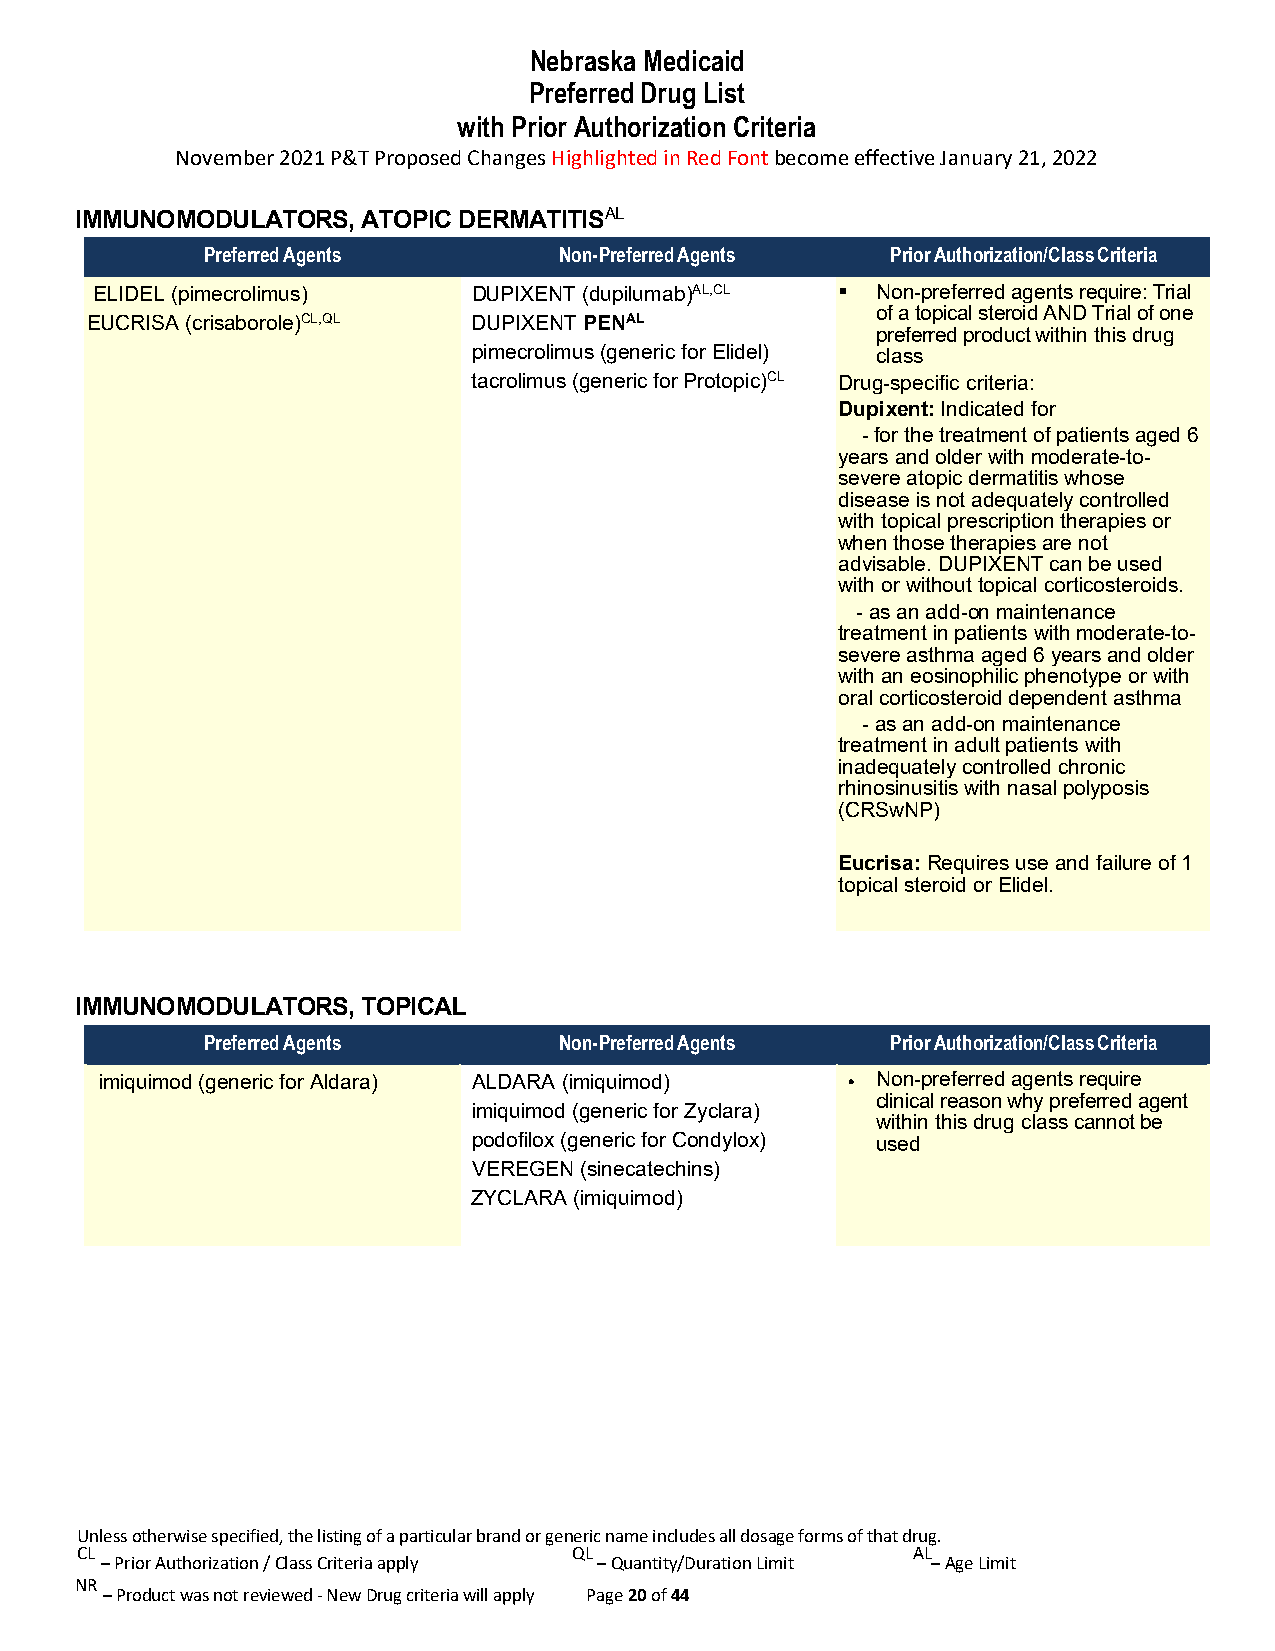
Nebraska Medicaid
 Preferred Drug List
 with Prior Authorization Criteria
 November 2021 P&T Proposed Changes Highlighted in Red Font become effective January 21, 2022
 IMMUNOMODULATORS,  ATOPIC DERMATITISAL
 Preferred Agents        Non-Preferred Agents  Prior Authorization/Class Criteria
 ELIDEL (pimecrolimus)    DUPIXENT (dupilumab)AL,CL  Non-preferred agents require: Trial
 of a topical steroid AND Trial of one
 EUCRISA (crisaborole)CL,QL DUPIXENT PENAL
 preferred product within this drug
 pimecrolimus (generic for Elidel) class
 tacrolimus (generic for Protopic)CL Drug-specific criteria:
 Dupixent: Indicated for
 - for the treatment of patients aged 6
 years and older with moderate-to-
 severe atopic dermatitis whose
 disease is not adequately controlled
 with topical prescription therapies or
 when those therapies are not
 advisable. DUPIXENT can be used
 with or without topical corticosteroids.
 - as an add-on maintenance
 treatment in patients with moderate-to-
 severe asthma aged 6 years and older
 with an eosinophilic phenotype or with
 oral corticosteroid dependent asthma
 - as an add-on maintenance
 treatment in adult patients with
 inadequately controlled chronic
 rhinosinusitis with nasal polyposis
 (CRSwNP)
 Eucrisa: Requires use and failure of 1
 topical steroid or Elidel.
 IMMUNOMODULATORS,  TOPICAL
 Preferred Agents        Non-Preferred Agents  Prior Authorization/Class Criteria
 imiquimod (generic for Aldara) ALDARA (imiquimod) • Non-preferred agents require
 clinical reason why preferred agent
 imiquimod (generic for Zyclara)
 within this drug class cannot be
 podofilox (generic for Condylox) used
 VEREGEN (sinecatechins)
 ZYCLARA (imiquimod)
 Unless otherwise specified, the listing of a particular brand or generic name includes all dosage forms of that drug.
 CL                               QL                    AL
 – Prior Authorization / Class Criteria apply – Quantity/Duration Limit – Age Limit
 NR
 – Product was not reviewed - New Drug criteria will apply Page 20 of 44